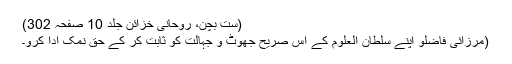
(ست بچن، روحانی خزائن جلد 10 صفحہ 302)
(مرزائی فاضلو اپنے سلطان العلوم کے اس صریح جھوٹ و جہالت کو ثابت کر کے حق نمک ادا کرو۔